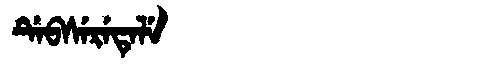
Manchu: ᡩᡝᠪᠰᡝᡵᡝᡨᡝᠯᡝ
Romanization: DEBSERETELE